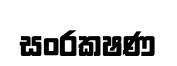
සංරකෂණ